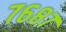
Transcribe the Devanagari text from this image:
७६८७